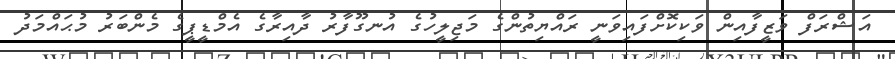
އަޝްރަފް ވަޒީފާއިން ވަކިކޮށްފައިވަނީ ރައްޔިތުންގެ މަޖިލީހުގެ އުނގޫފާރު ދާއިރާގެ އެމްޑީޕީގެ މެންބަރު މުޙައްމަދު